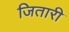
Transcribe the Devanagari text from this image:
जितारी